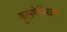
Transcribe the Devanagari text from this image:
बुलगेरियन